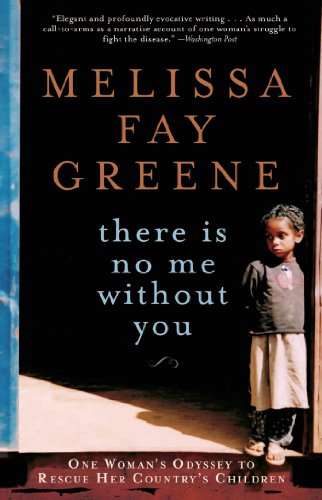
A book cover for There Is No Me Without You: One Woman's Odyssey to Rescue Her Country's Children; Melissa Fay Greene; Health, Fitness & Dieting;